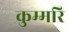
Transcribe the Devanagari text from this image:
कुम्मरि